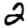
Digit: 2